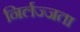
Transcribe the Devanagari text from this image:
निर्लज्जता